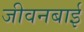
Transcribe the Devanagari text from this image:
जीवनबाई